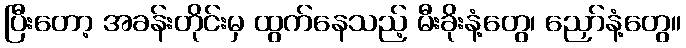
ပြီးတော့ အခန်းတိုင်းမှ ထွက်နေသည့် မီးခိုးနံ့တွေ၊ ညှော်နံ့တွေ။